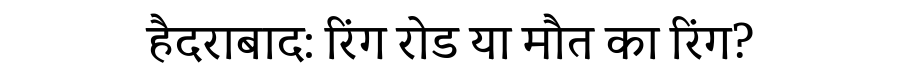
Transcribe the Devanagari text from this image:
हैदराबाद: रिंग रोड या मौत का रिंग?